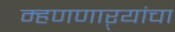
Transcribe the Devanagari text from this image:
म्हणणाऱ्यांचा